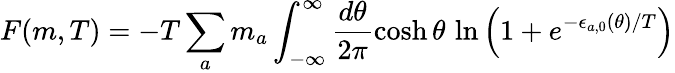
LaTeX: F(m,T)=-T\sum_{a}m_{a}\int_{-\infty}^{\infty}\frac{d\theta}{2\pi}\cosh\theta\, \ln\left(1+e^{-\epsilon_{a,0}(\theta)/T}\right)